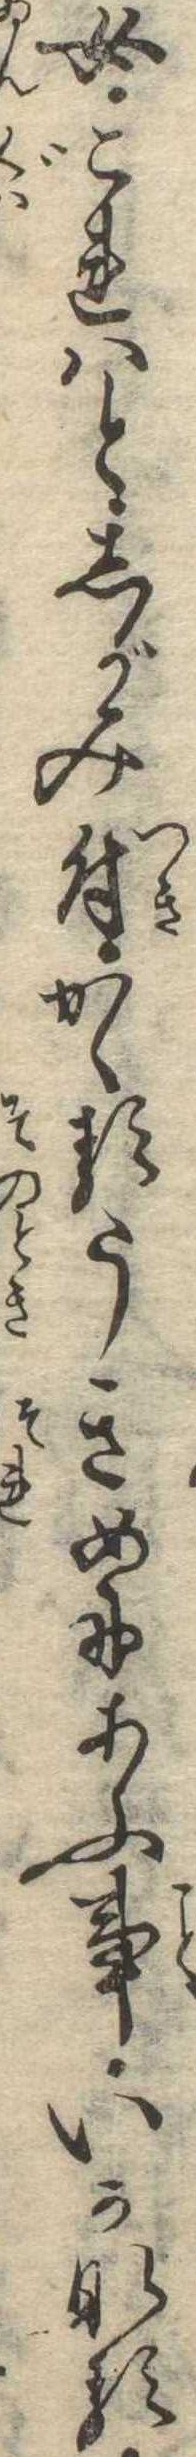
女これはとしがみ付かゝるうきめにあふ事いかなる